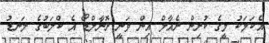
އެކަމަކު މީގެ ކުރިން ރެއާލް އިން ވަނީ ރޮނާލްޑޯ އެ ކްލަބުގެ ލަނޑު